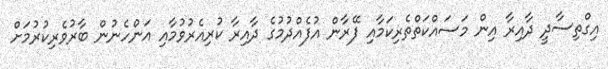
އިގްތިސާދީ ދާއިރާ އިން މަސައްކަތްތެރިކަމާއި ފޭރާން އުފެއްދުމުގެ ދާއިރާ ކުރިއެރުވުމާއި އަންހެނުން ބާރުވެރިކުރުމަށް